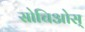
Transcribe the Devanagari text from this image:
सोचिओस्